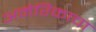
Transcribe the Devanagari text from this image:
अमेरिकाचा